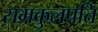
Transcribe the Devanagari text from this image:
समकुलपति